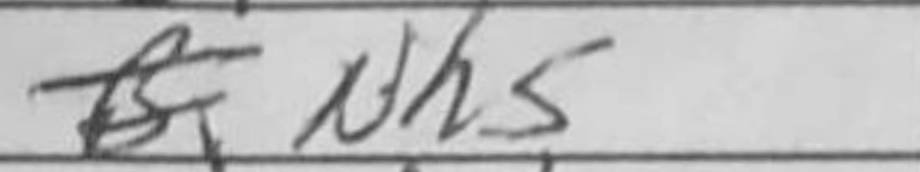
Transcription: Nh5